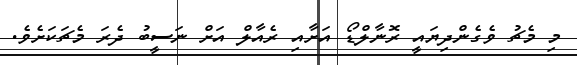
މި މެޗު ވެގެންދިޔައީ ރޮނާލްޑޯ އަށާއި ރެއާލް އަށް ނަސީބު ދެރަ މެޗަކަށެވެ.